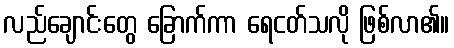
လည်ချောင်းတွေ ခြောက်ကာ ရေငတ်သလို ဖြစ်လာ၏။